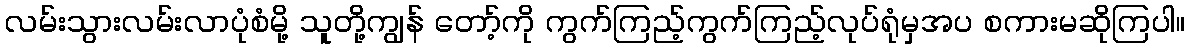
လမ်းသွားလမ်းလာပုံစံမို့ သူတို့ကျွန် တော့်ကို ကွက်ကြည့်ကွက်ကြည့်လုပ်ရုံမှအပ စကားမဆိုကြပါ။